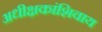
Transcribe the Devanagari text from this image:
अधीक्षकांशिवाय